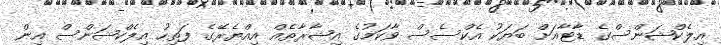
އިލެކްޝަންސްގެ ޑާޓާއަށް ބަޔަކު އެކްސެސް ވާކަމުގެ އިޝާރާތެއް އިއްޔެރޭގެ ފަތިހު އިލެކްޝަންސް އިން